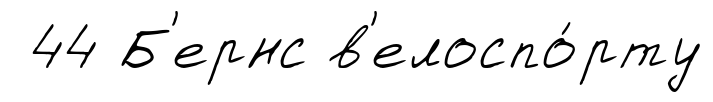
44 Б'ернс в'елоспо́рту